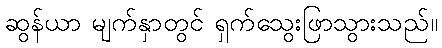
ဆွန်ယာ မျက်နှာတွင် ရှက်သွေးဖြာသွားသည်။